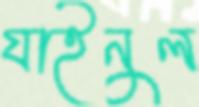
যাইনুল